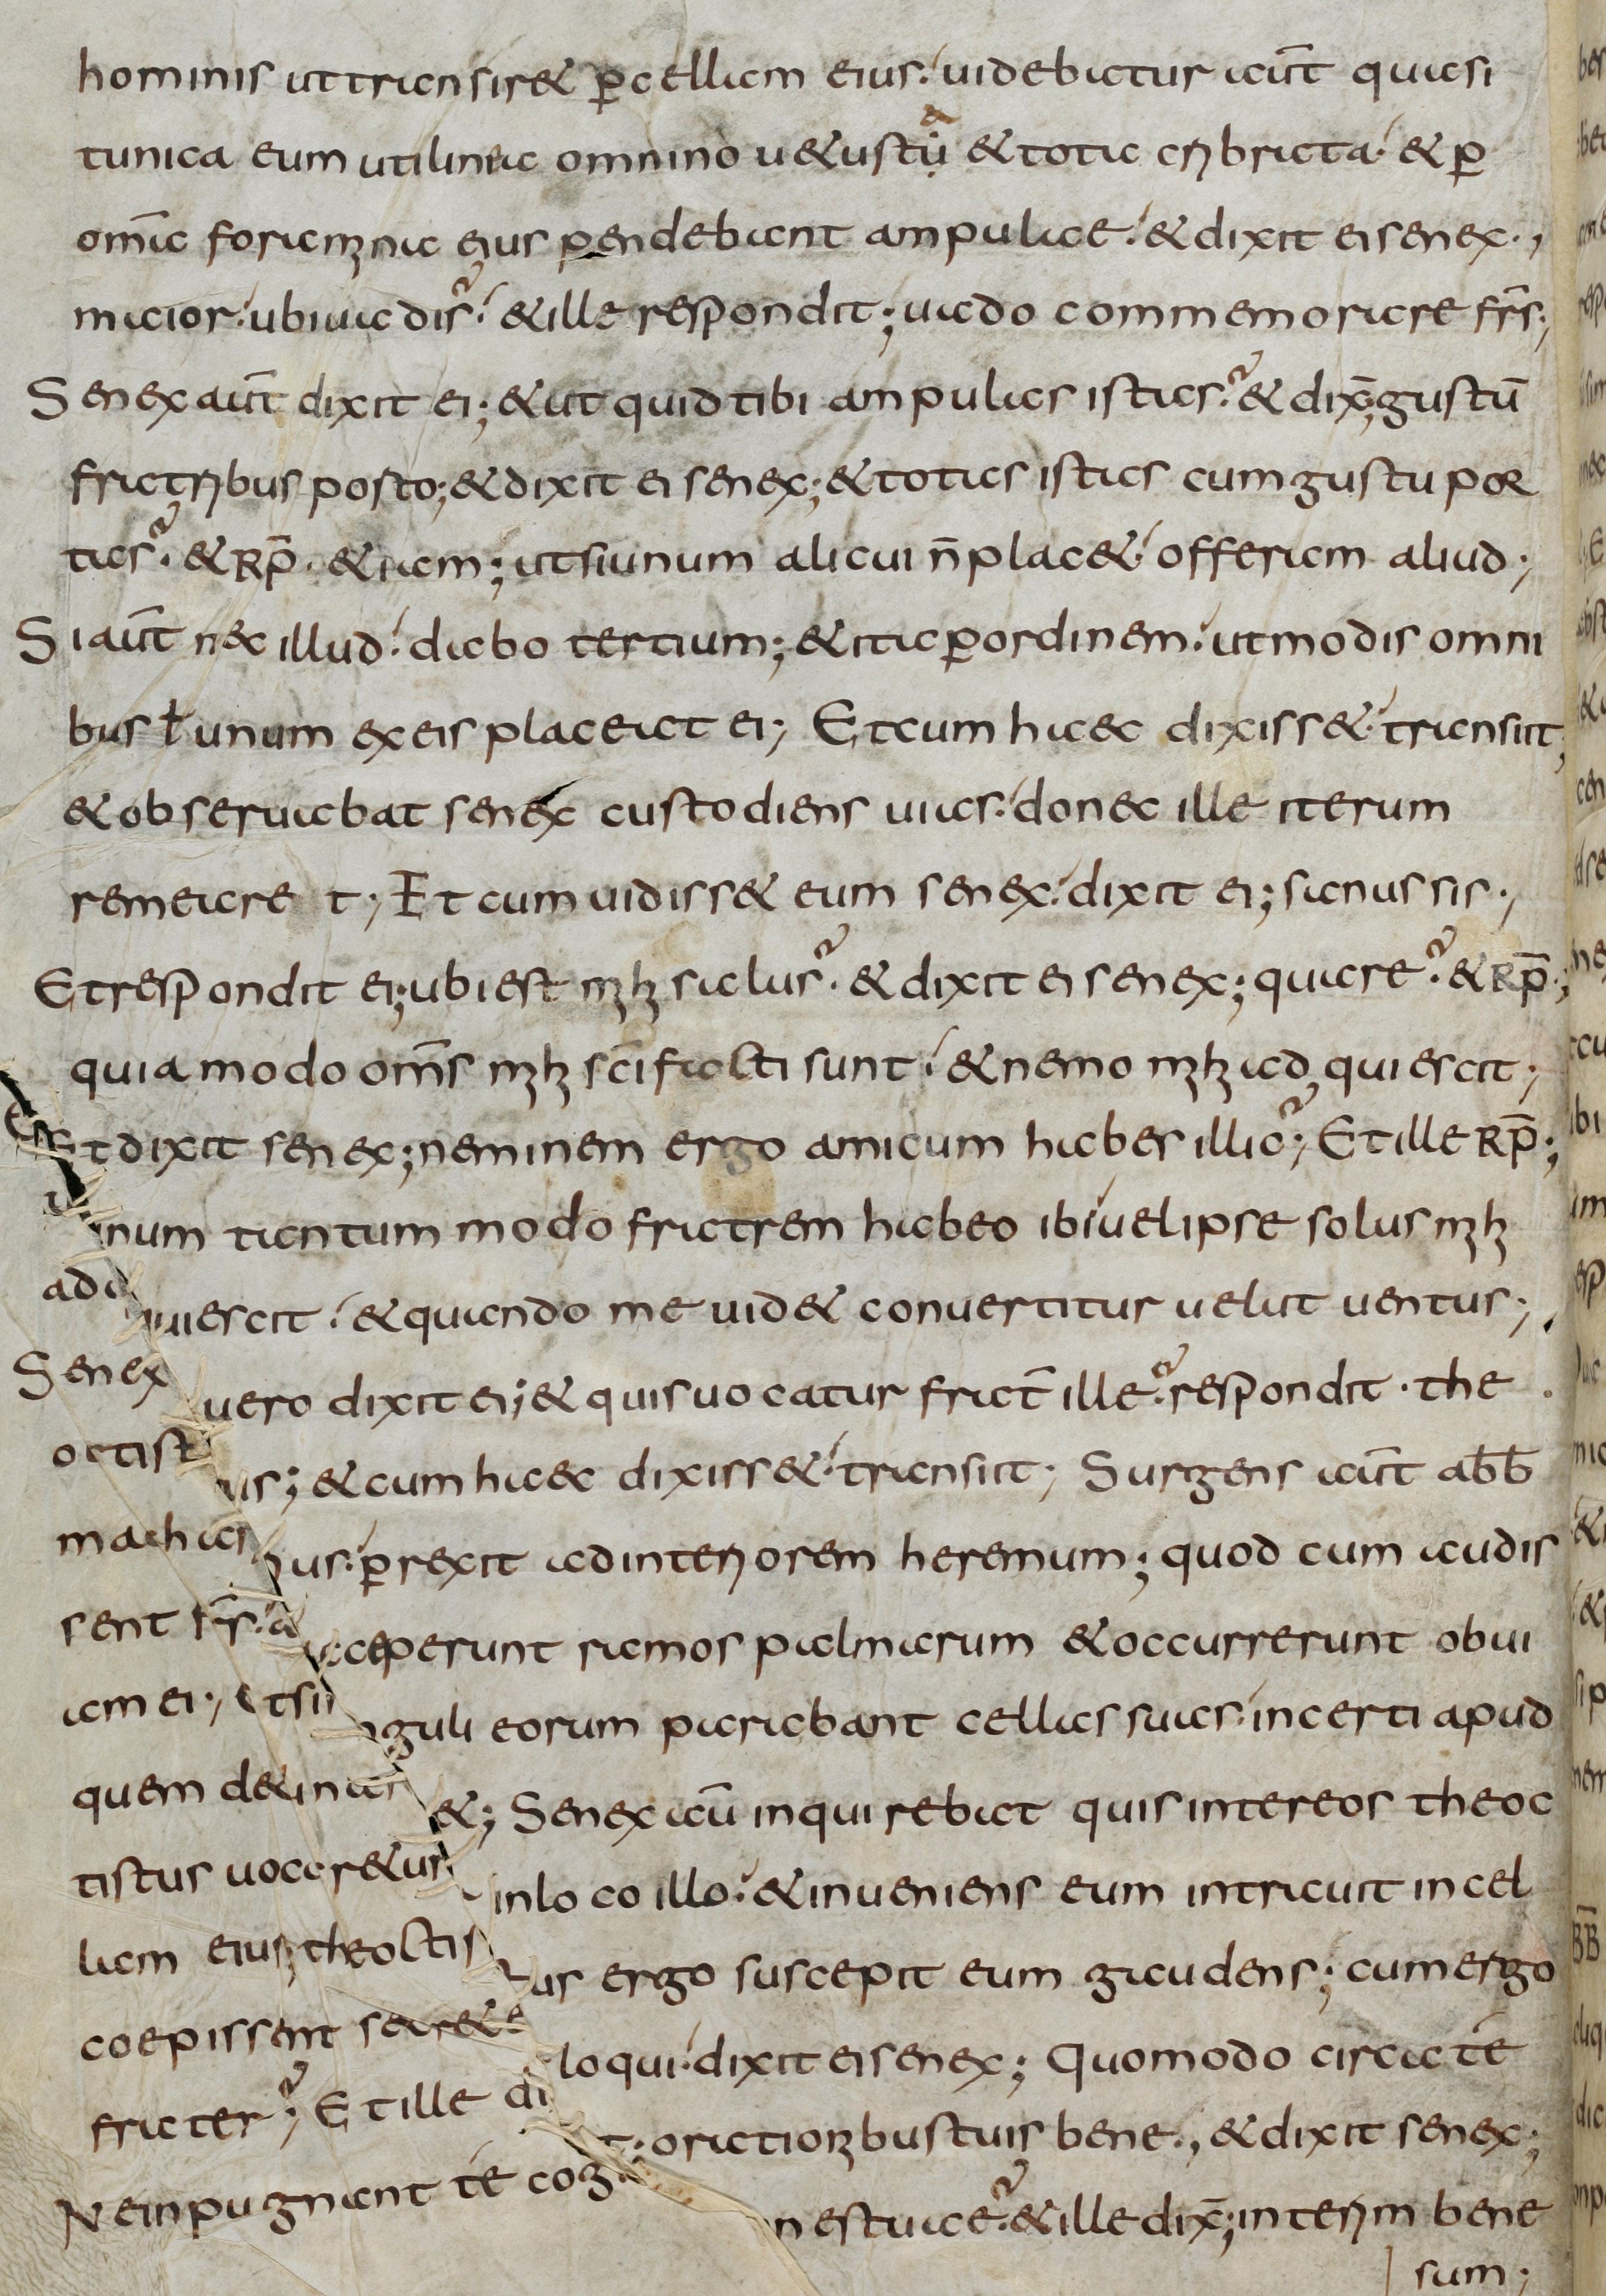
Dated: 800–849